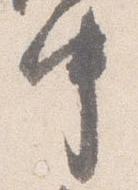
中